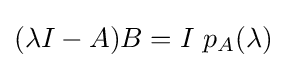
(\lambda I-A)B=I~p_{A}(\lambda )